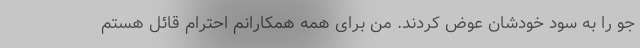
جو را به سود خودشان عوض کردند. من برای همه همکارانم احترام قائل هستم